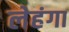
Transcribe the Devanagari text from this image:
लेहंगा